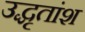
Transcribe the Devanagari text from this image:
उद्धृतांश